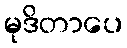
မုဒိတာပေ